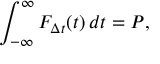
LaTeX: \int _ { - \infty } ^ { \infty } F _ { \Delta t } ( t ) \, d t = P ,